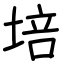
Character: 培